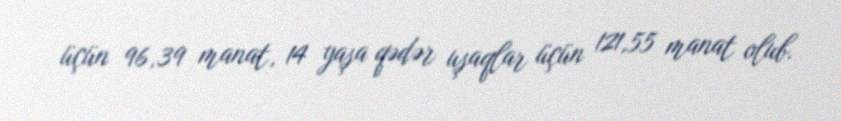
üçün 96,39 manat, 14 yaşa qədər uşaqlar üçün 121,55 manat olub.